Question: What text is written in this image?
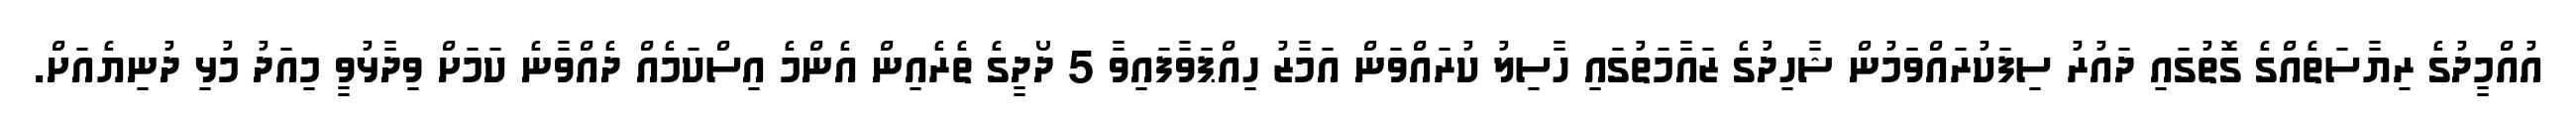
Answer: އުއްމީދުގެ ރިޔާސަތެއްގެ ގޮތުގައި ދައުރު ސިފަކުރައްވަމުން ޝާހިދުގެ ޒައާމަތުގައި ހާސިލު ކުރައްވަން އަމާޒު ހިއްޕަވާފައިވާ 5 ދޯދީގެ ތެރެއިން އެންމެ އިސްކަމެއް ދެއްވާނެ ކަމަށް ވިދާޅުވީ މިއަދު މުޅި ދުނިޔެއަށް.